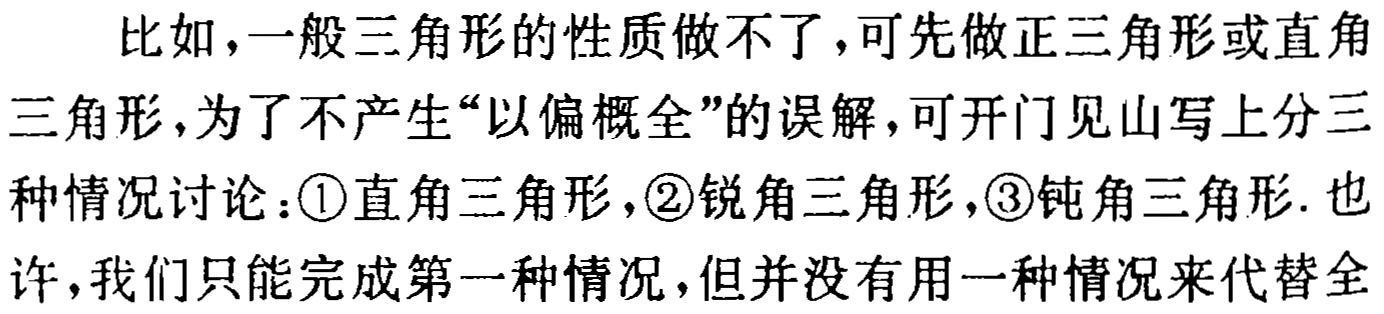
比如，一般三角形的性质做不了，可先做正三角形或直角
三角形，为了不产生“以偏概全”的误解，可开门见山写上分三
种情况讨论：\textcircled{1}直角三角形，\textcircled{2}锐角三角形，\textcircled{3}钝角三角形. 也
许，我们只能完成第一种情况，但并没有用一种情况来代替全